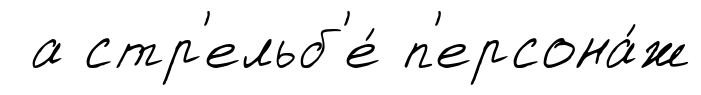
а стр'ельб'е́ п'ерсона́ж